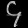
Digit: ၄